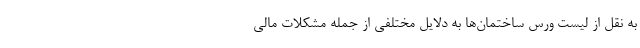
به نقل از لیست ورس ساختمان‌ها به دلایل مختلفی از جمله مشکلات مالی